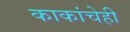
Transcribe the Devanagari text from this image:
काकांचेही